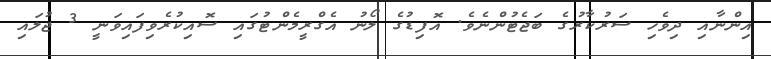
އިންނާއި ދިވެހި ސަރުކާރުގެ ބަޖެޓުންނެވެ. އޮފިޑުގެ ލޯނު އެގްރީމެންޓުގައި ސޮއިކުރެވިފައިވަނީ 3 ޖުލައި